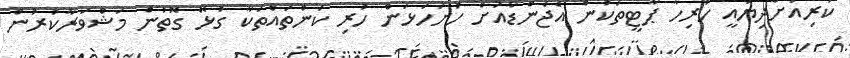
ކުރިއަށްދިޔައީ ހުރިހާ ޕާޓީތަކުން އެޖެންޑާއަށް ހުށަހަޅަން ހުރި ކަންތައްތަކާ ގުޅޭ ގޮތުން މަޝްވަރާކުރުން